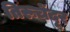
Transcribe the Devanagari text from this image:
तिरूचेंदूर